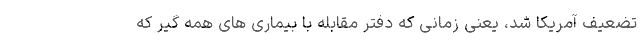
تضعیف آمریکا شد، یعنی زمانی که دفتر مقابله با بیماری های همه گیر که